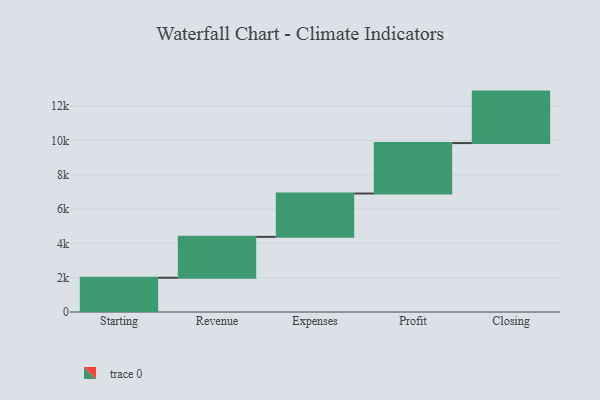
{"axis": {"x": "Step", "y": "Value"}, "legend": [""], "data": [{"x": "Starting", "y": 1996.0, "type": ""}, {"x": "Revenue", "y": 2382.0, "type": ""}, {"x": "Expenses", "y": 2526.0, "type": ""}, {"x": "Profit", "y": 2939.0, "type": ""}, {"x": "Closing", "y": 3000, "type": ""}]}